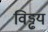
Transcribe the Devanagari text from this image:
विड्ढय